Annual report on the mental hospital in the Central Provinces and Berar (Nagpur) - 1927-1951
Year: 1927
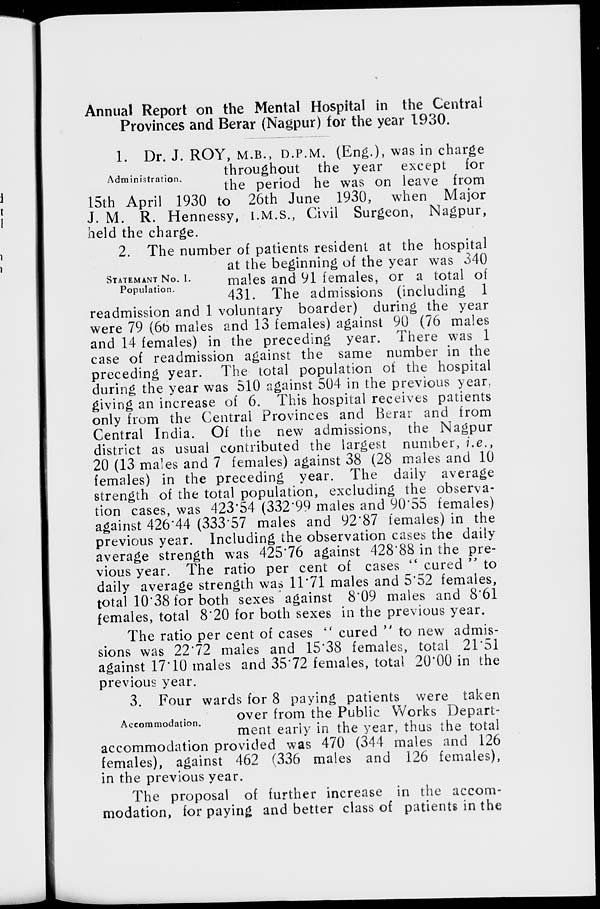
Annual Report on the Mental Hospital in the Central
Provinces and Berar (Nagpur) for the year 1930.
Administration.
1. Dr. J. ROY, M.B., D.P.M. (Eng.), was in charge
throughout the year except for
the period he was on leave from
15th April 1930 to 26th June 1930, when Major
J. M. R. Hennessy, I.M.S., Civil Surgeon, Nagpur,
held the charge.
STATEMENT NO. I.
Population.
2. The number of patients resident at the hospital
at the beginning of the year was 340
males and 91 females, or a total of
431. The admissions (including 1
readmission and 1 voluntary boarder) during the year
were 79 (66 males and 13 females) against 90 (76 males
and 14 females) in the preceding year. There was 1
case of readmission against the same number in the
preceding year. The total population of the hospital
during the year was 510 against 504 in the previous year,
giving an increase of 6. This hospital receives patients
only from the Central Provinces and Berar and from
Central India. Of the new admissions, the Nagpur
district as usual contributed the largest number, i.e.,
20 (13 males and 7 females) against 38 (28 males and 10
females) in the preceding year. The daily average
strength of the total population, excluding the observa-
tion cases, was 423.54 (332.99 males and 90.55 females)
against 426.44 (333.57 males and 92.87 females) in the
previous year. Including the observation cases the daily
average strength was 425.76 against 428.88 in the pre-
vious year. The ratio per cent of cases " cured " to
daily average strength was 11.71 males and 5.52 females,
total 10.38 for both sexes against 8.09 males and 8.61
females, total 8.20 for both sexes in the previous year.
The ratio per cent of cases " cured " to new admis-
sions was 22.72 males and 15.38 females, total 21.51
against 17.10 males and 35.72 females, total 20.00 in the
previous year.
Accommodation.
3. Four wards for 8 paying patients were taken
over from the Public Works Depart-
ment early in the year, thus the total
accommodation provided was 470 (344 males and 126
females), against 462 (336 males and 126 females),
in the previous year.
The proposal of further increase in the accom-
modation, for paying and better class of patients in the